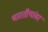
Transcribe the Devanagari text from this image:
भारतीयांवर